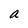
Character: a